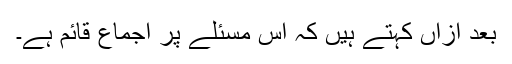
بعد ازاں کہتے ہیں کہ اس مسئلے پر اجماع قائم ہے۔